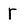
Character: r